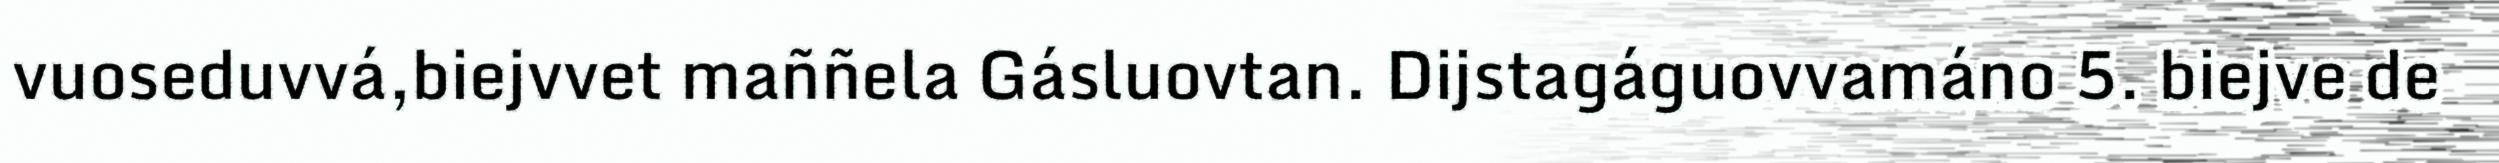
vuoseduvvá,biejvvet maññela Gásluovtan. Dijstagáguovvamáno 5. biejve de